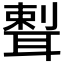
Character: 𦖨